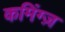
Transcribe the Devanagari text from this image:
कमिंग्ज़